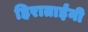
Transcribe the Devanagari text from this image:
हिराताईंनी